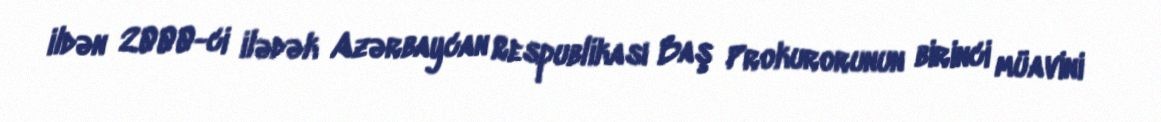
ildən 2000-ci ilədək Azərbaycan Respublikası Baş Prokurorunun birinci müavini